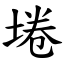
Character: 埢